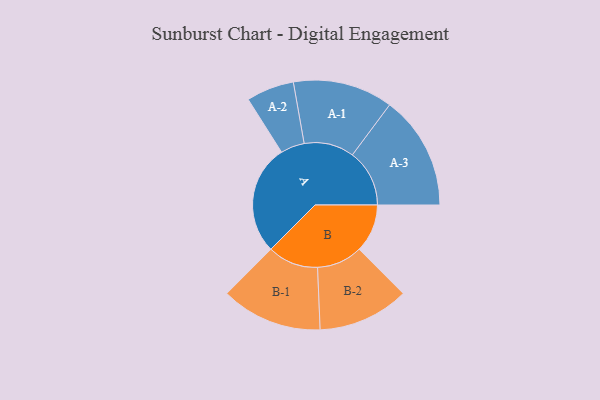
{"axis": {"x": "Segment", "y": "Value"}, "legend": ["", "A", "B"], "data": [{"x": "A", "y": 497, "type": ""}, {"x": "B", "y": 218, "type": ""}, {"x": "A-1", "y": 226, "type": "A"}, {"x": "A-2", "y": 108, "type": "A"}, {"x": "A-3", "y": 258, "type": "A"}, {"x": "B-1", "y": 229, "type": "B"}, {"x": "B-2", "y": 206, "type": "B"}]}